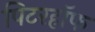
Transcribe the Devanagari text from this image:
पिटरहॉफ